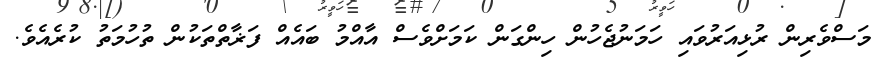
މަސްވެރިން ރުޅިއަރުވައި ހަމަނުޖެހުން ހިންގަން ކަމަށްވެސް އާއްމު ބައެއް ފަޜާތްތަކުން ތުހުމަތު ކުރެއެވެ.